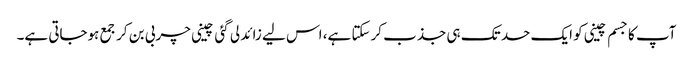
آپ کا جسم چینی کو ایک حد تک ہی جذب کرسکتا ہے، اس لیے زائد لی گئی چینی چربی بن کر جمع ہوجاتی ہے۔